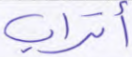
أتراب